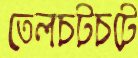
তেলচটচটে